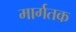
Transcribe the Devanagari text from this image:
मार्गतक